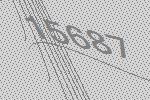
15687